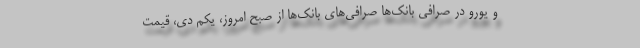
و یورو در صرافی بانک‌ها صرافی‌های بانک‌ها از صبح امروز، یکم دی، قیمت